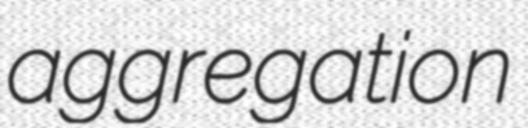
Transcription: aggregation